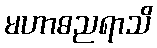
မဟာဓညရာသိ